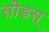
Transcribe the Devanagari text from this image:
सीडस्